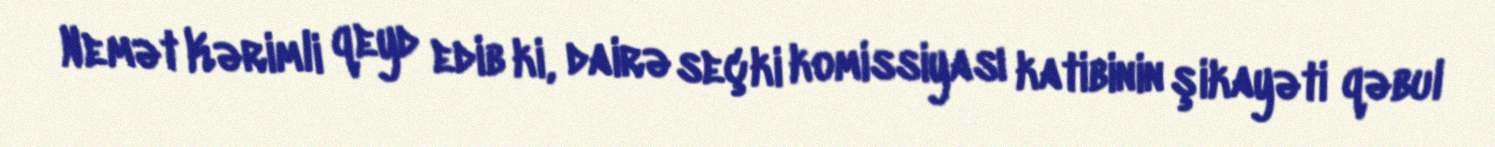
Nemət Kərimli qeyd edib ki, dairə seçki komissiyası katibinin şikayəti qəbul